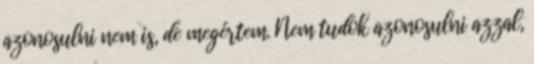
azonosulni nem is, de megértem. Nem tudok azonosulni azzal,